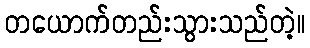
တယောက်တည်းသွားသည်တဲ့။